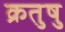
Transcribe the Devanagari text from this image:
क्रतुषु